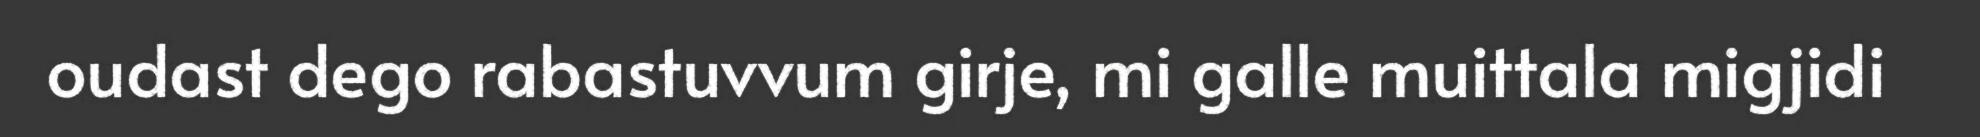
oudast dego rabastuvvum girje, mi galle muittala migjidi